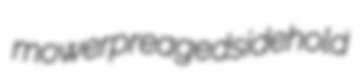
mower preaged sidehold